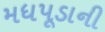
મધપૂડાની